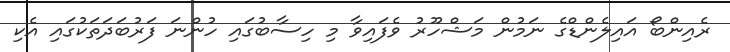
ރެއިންބޯ އައިލެންޑްގެ ނަމުން މަޝްހޫރު ވެފައިވާ މި ހިސާބުގައި ހުންނަ ފަރުބަދަތަކުގައި އެކި